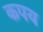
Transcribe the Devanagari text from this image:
कपय